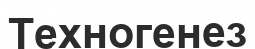
Техногенез